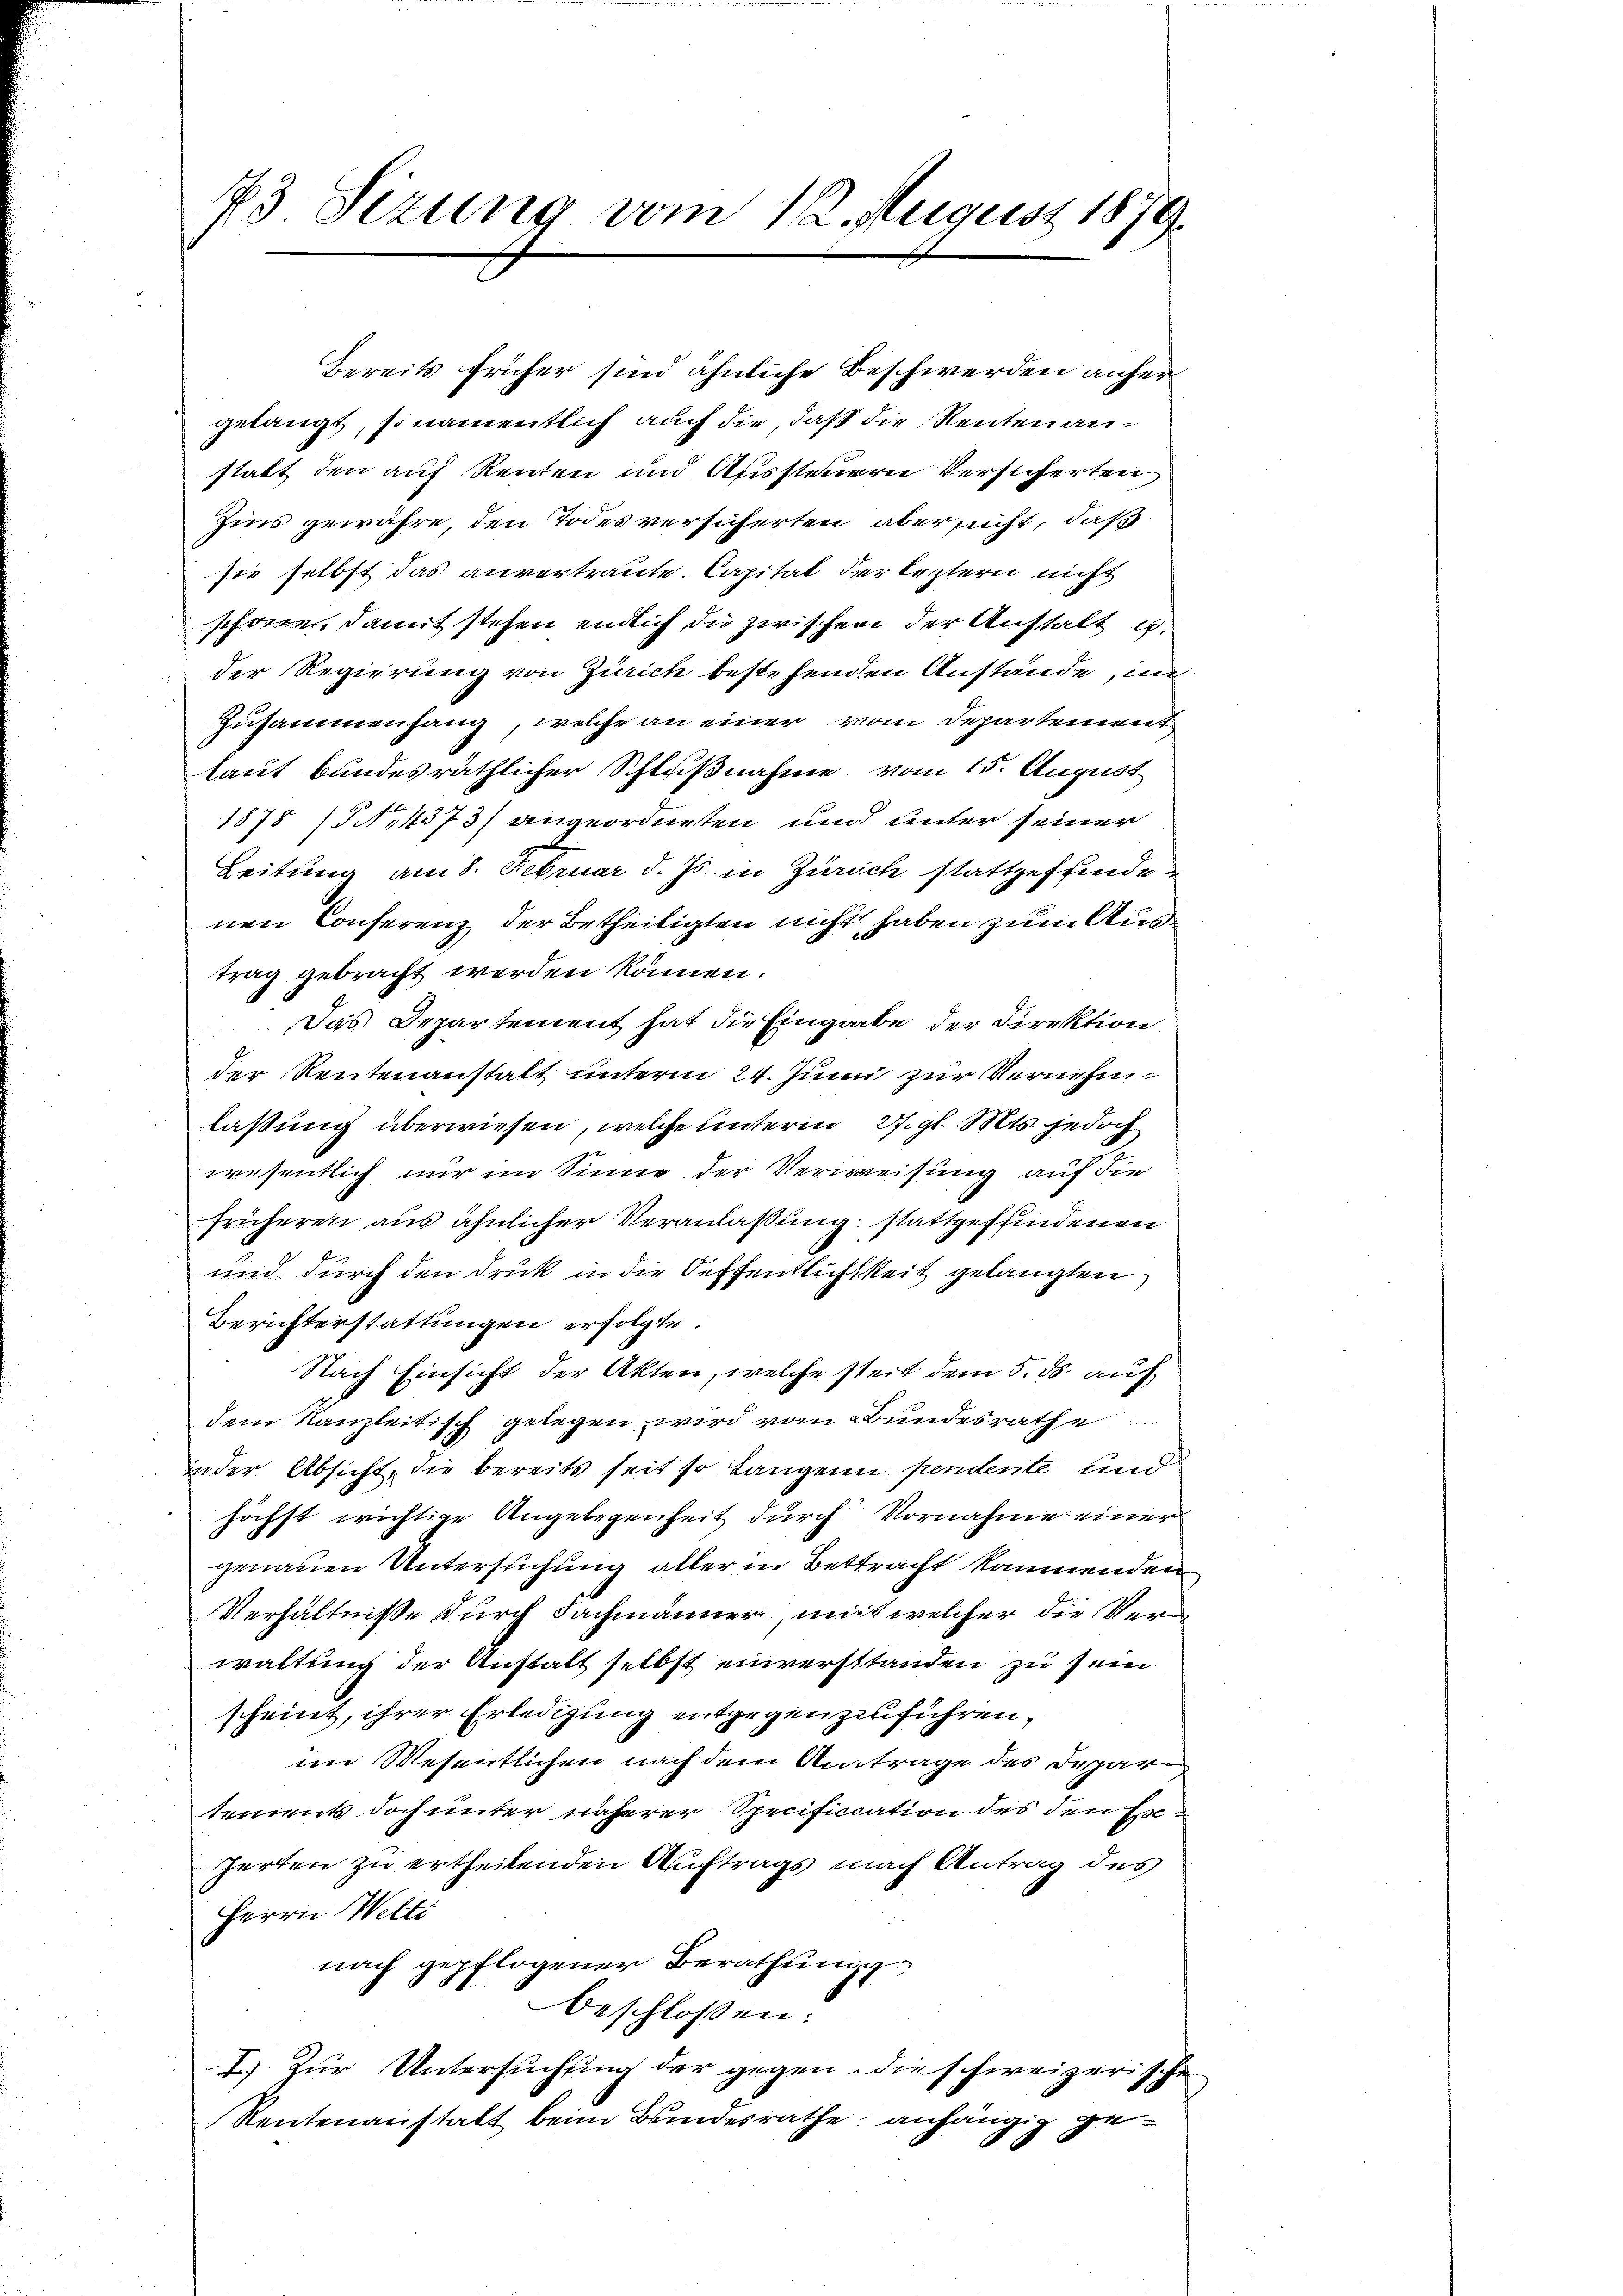
Bereits früher sind ähnliche Beschwerden anhergelangt, so namentlich auch die, daß die Renten anstatt den auf Renten und Aussteuern Versicherten,
Zins gewähre, den Todesversicherten aber nicht, daß
sie selbst das anvertraute Capital der leztern nicht
schöne, damit stehen endlich die zwischen der Anstalt u.
der Regierung von Zürich bestehenden Anstände, in
Zusammenhang, welche an einer vom Departement
laut bundesräthlicher Schlußnahme vom 15. August
1875 (14373) angeordneten und unter seiner
Leitung am 8. Februar d. Js. in Zürich stattgeffinde-
nen Conferenz der Betheiligten nicht haben zum Austrag gebracht werden können.
Das Departement hat die Eingabe der Direktion
der Reutenanstalt unterm 24. Juni zur Vernehmlaßung überwiesen, welche unterm 27. gl. Mts. jedoch
wesentlich nur im Sinne der Verweisung auf die
früheren aus ähnlicher Veranlaßung stattgeffindenen
und durch den Druk in die Oeffentlichkeit gelangten
Berichterstattungen erfolgte.
Nach Einsicht der Akten, welche steilt dem 5. ds. auf
dem Kanzleitisch gelegen, wird vom Bundesrathe
in der Absicht, die bereits seit so langene pendente und
höchst wichtige Angelegenheit durch Vornahme einer
genauen Untersuchung aller in Bettracht kommenden
Verhältnisse durch Fachmänner, mit welcher die Verwaltung der Anstalt selbst einverstanden zu sein.
scheint, ihrer Erledigung entgegenzuführen,
im Wesentlichen nach dem Antrage des Departements doch unter näherer Specificiation des den Ex¬
Zerten zu ertheilenden Auftrags nach Antrag des
Herrn Welti
nach gepflogener Berathung
beschlossen:
I.) Zur Untersuchung der gegen die schweizerische
Rentenanstalt beim Bundesrathe anhängig ge¬

73 Sizung vom 12. August 1879.

)